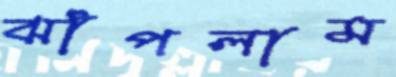
ঝাঁপলাম